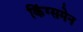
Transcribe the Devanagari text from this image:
किंग्समेन